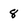
Character: 8